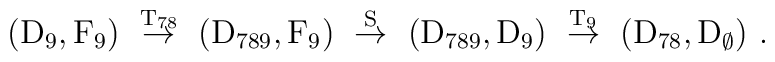
({\rm D}_9,{\rm F}_9)\ \stackrel{{\rm T}_{78}}{\to}\ ({\rm D}_{789},{\rm F}_9)\ \stackrel{\rm S}{\to}\ ({\rm D}_{789},{\rm D}_9)\ \stackrel{{\rm T}_{9}}{\to}\ ({\rm D}_{78},{\rm D}_{\emptyset})\ .